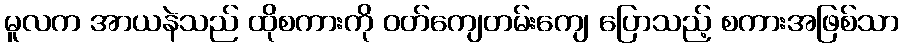
မူလက အာယနဲသည် ထိုစကားကို ဝတ်ကျေတမ်းကျေ ပြောသည့် စကားအဖြစ်သာ